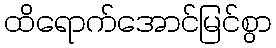
ထိရောက်အောင်မြင်စွာ